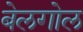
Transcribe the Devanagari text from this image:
बेलगोल